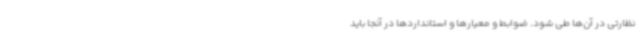
نظارتی در آن‌ها طی شود. ضوابط و معیارها و استانداردها در آنجا باید